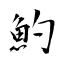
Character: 魡